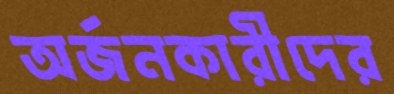
অর্জনকারীদের